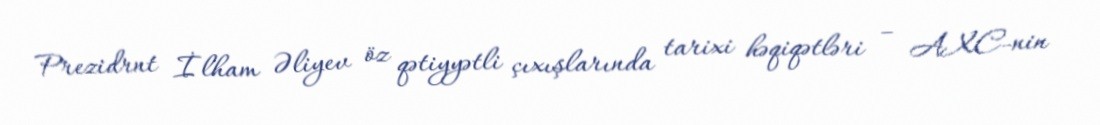
Prezidrnt İlham Əliyev öz qətiyyətli çıxışlarında tarixi həqiqətləri – AXC-nin